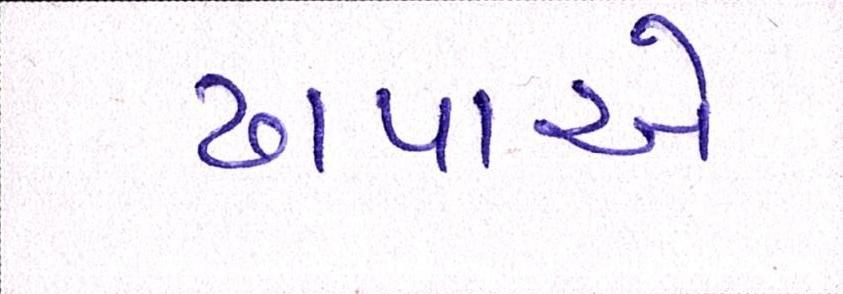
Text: ઢાપાએ